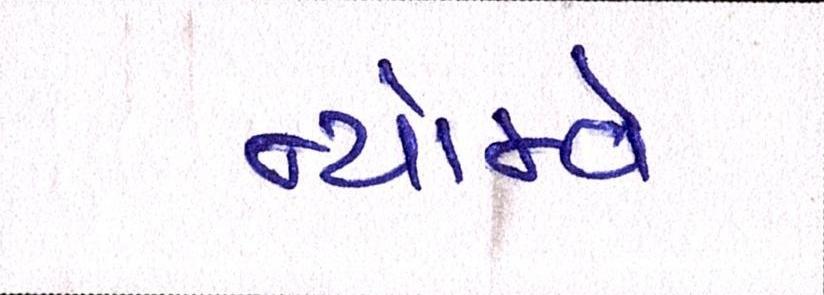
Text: ન્યોમ્વે